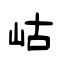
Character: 岵